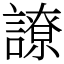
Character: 䜍